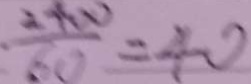
\frac { 2 4 0 0 } { 6 0 } = 4 0